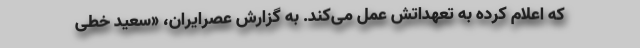
که اعلام کرده به تعهداتش عمل می‌کند. به گزارش عصرایران، «سعید خطی